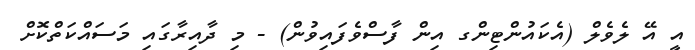
އީ އޭ ލެވެލް (އެކައުންޓިންގ އިން ފާސްވެފައިވުން) - މި ދާއިރާގައި މަސައްކަތްކޮށް